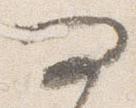
問